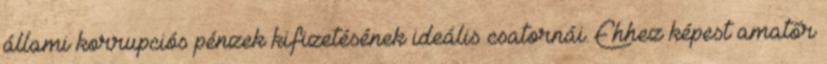
állami korrupciós pénzek kifizetésének ideális csatornái. Ehhez képest amatőr